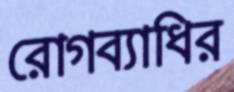
রোগব্যাধির